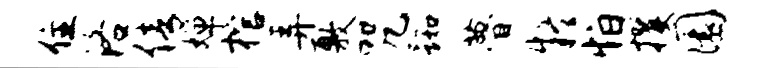
住洛倩婵棺弄敷咒踟瞢疑怕攫圜